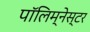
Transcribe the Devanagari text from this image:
पॉलिम्नेस्टर